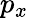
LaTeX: p_{x}